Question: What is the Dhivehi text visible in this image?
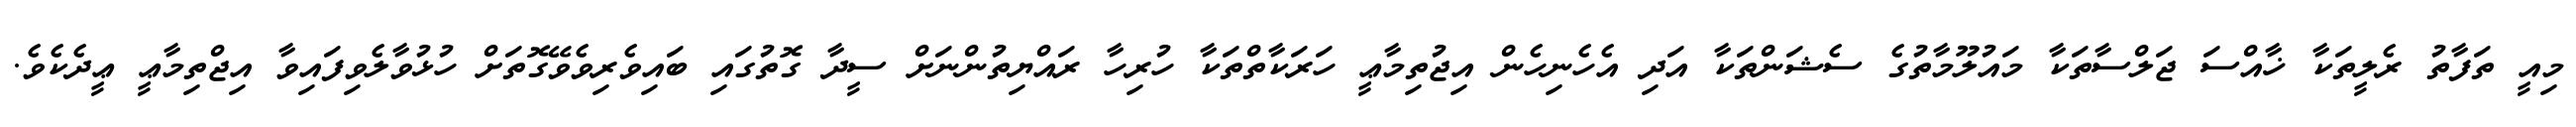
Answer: މިއީ ތަފާތު ރެލީތަކާ ޚާއްސަ ޖަލްސާތަކާ މައުލޫމާތުގެ ސެޝަންތަކާ އަދި އެހެނިހެން އިޖުތިމާޢީ ހަރަކާތްތަކާ ހުރިހާ ރައްޔިތުންނަށް ސީދާ ގޮތުގައި ބައިވެރިވެވޭގޮތަށް ހުޅުވާލެވިފައިވާ އިޖްތިމާޢީ ޢީދެކެވެ.